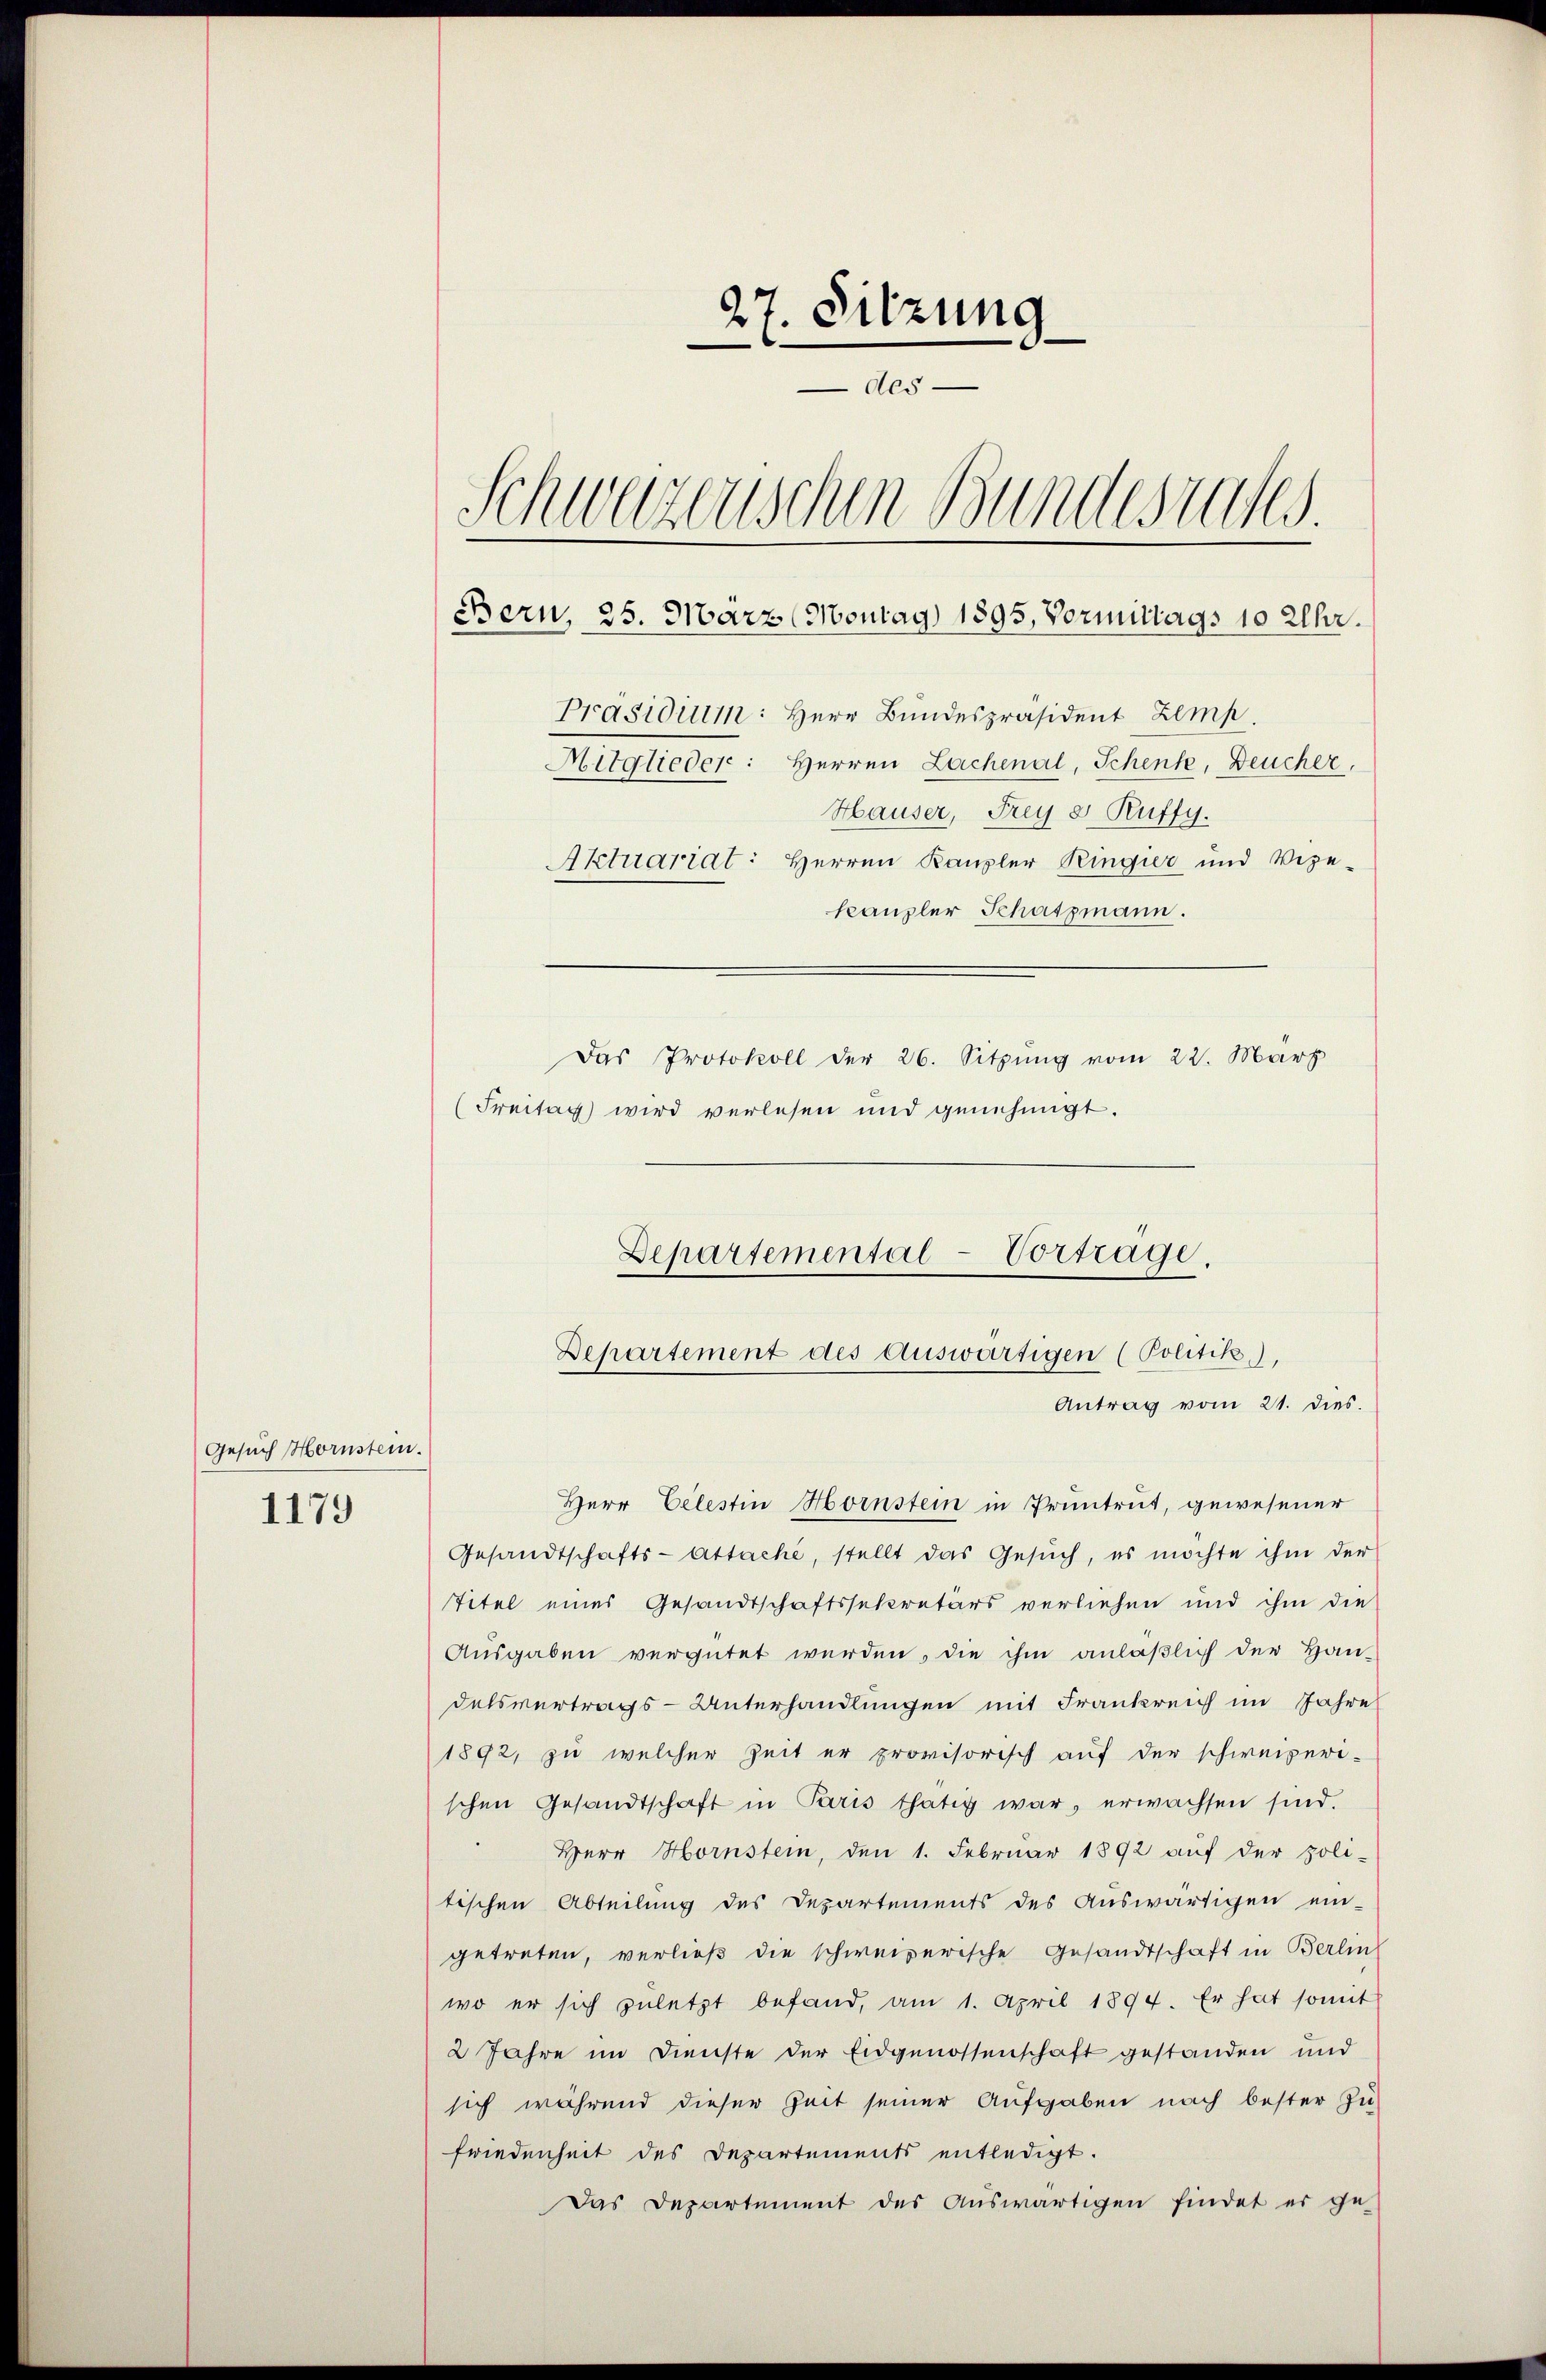
Gesuch Hornstein.

1179

27. Sitzung
des
Schwarzenschen Bundesuches
Bern, 25. März (Montag 1895. Vormittags 10 Uhr.
Präsidium: Herr Bundespräsident Zemp.
Mitglieder: Herren Lachenal, Schenke, Deucher,
Hauser, Frey 8 Ruffy.
Aktuariat: Herren Kanzler Ringier und Vize-
kanzler Schatzmann.
Das Protokoll der 26. Sitzung vom 22. März
(Freitag wird verlesen und genehmigt.

Herr Celestin Hornstein in Pruntrut, gewesener
Gesandtschafts-Attache, stellt das Gesŭch, es möchte ihm der
Titel eines Gesandtschaftssekretärs verliehen und ihm die
Ausgaben vergütet werden, die ihm anläßlich der Han-
delsvertrags-Unterhandlungen mit Frankreich im Jahre
1892, zu welcher Zeit er provisorisch auf der schweizeri-
schen Gesandtschaft in Paris thätig war, erwachsen sind.
Herr Hornstein, den 1. Februar 1892 aŭf der poli-
tischen Abteilung des Departements des Auswärtigen ein-
getreten, verließ die schweizerische Gesandtschaft in Berlin
wo er sich zuletzt befand, am 1. April 1894. Er hat somit
2 Jahre im Dienste der Eidgenossenschaft gestanden und
sich während dieser Zeit seiner Aufgaben nach bester Zu-
friedenheit des Departements entledigt.
Das Departement des Auswärtigen findet er ge-

Departemental-Vortrage.
Departement des Auswärtigen (Politik),
Antrag vom 21. dies